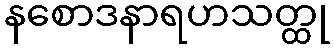
နစောဒနာရဟသတ္ထု